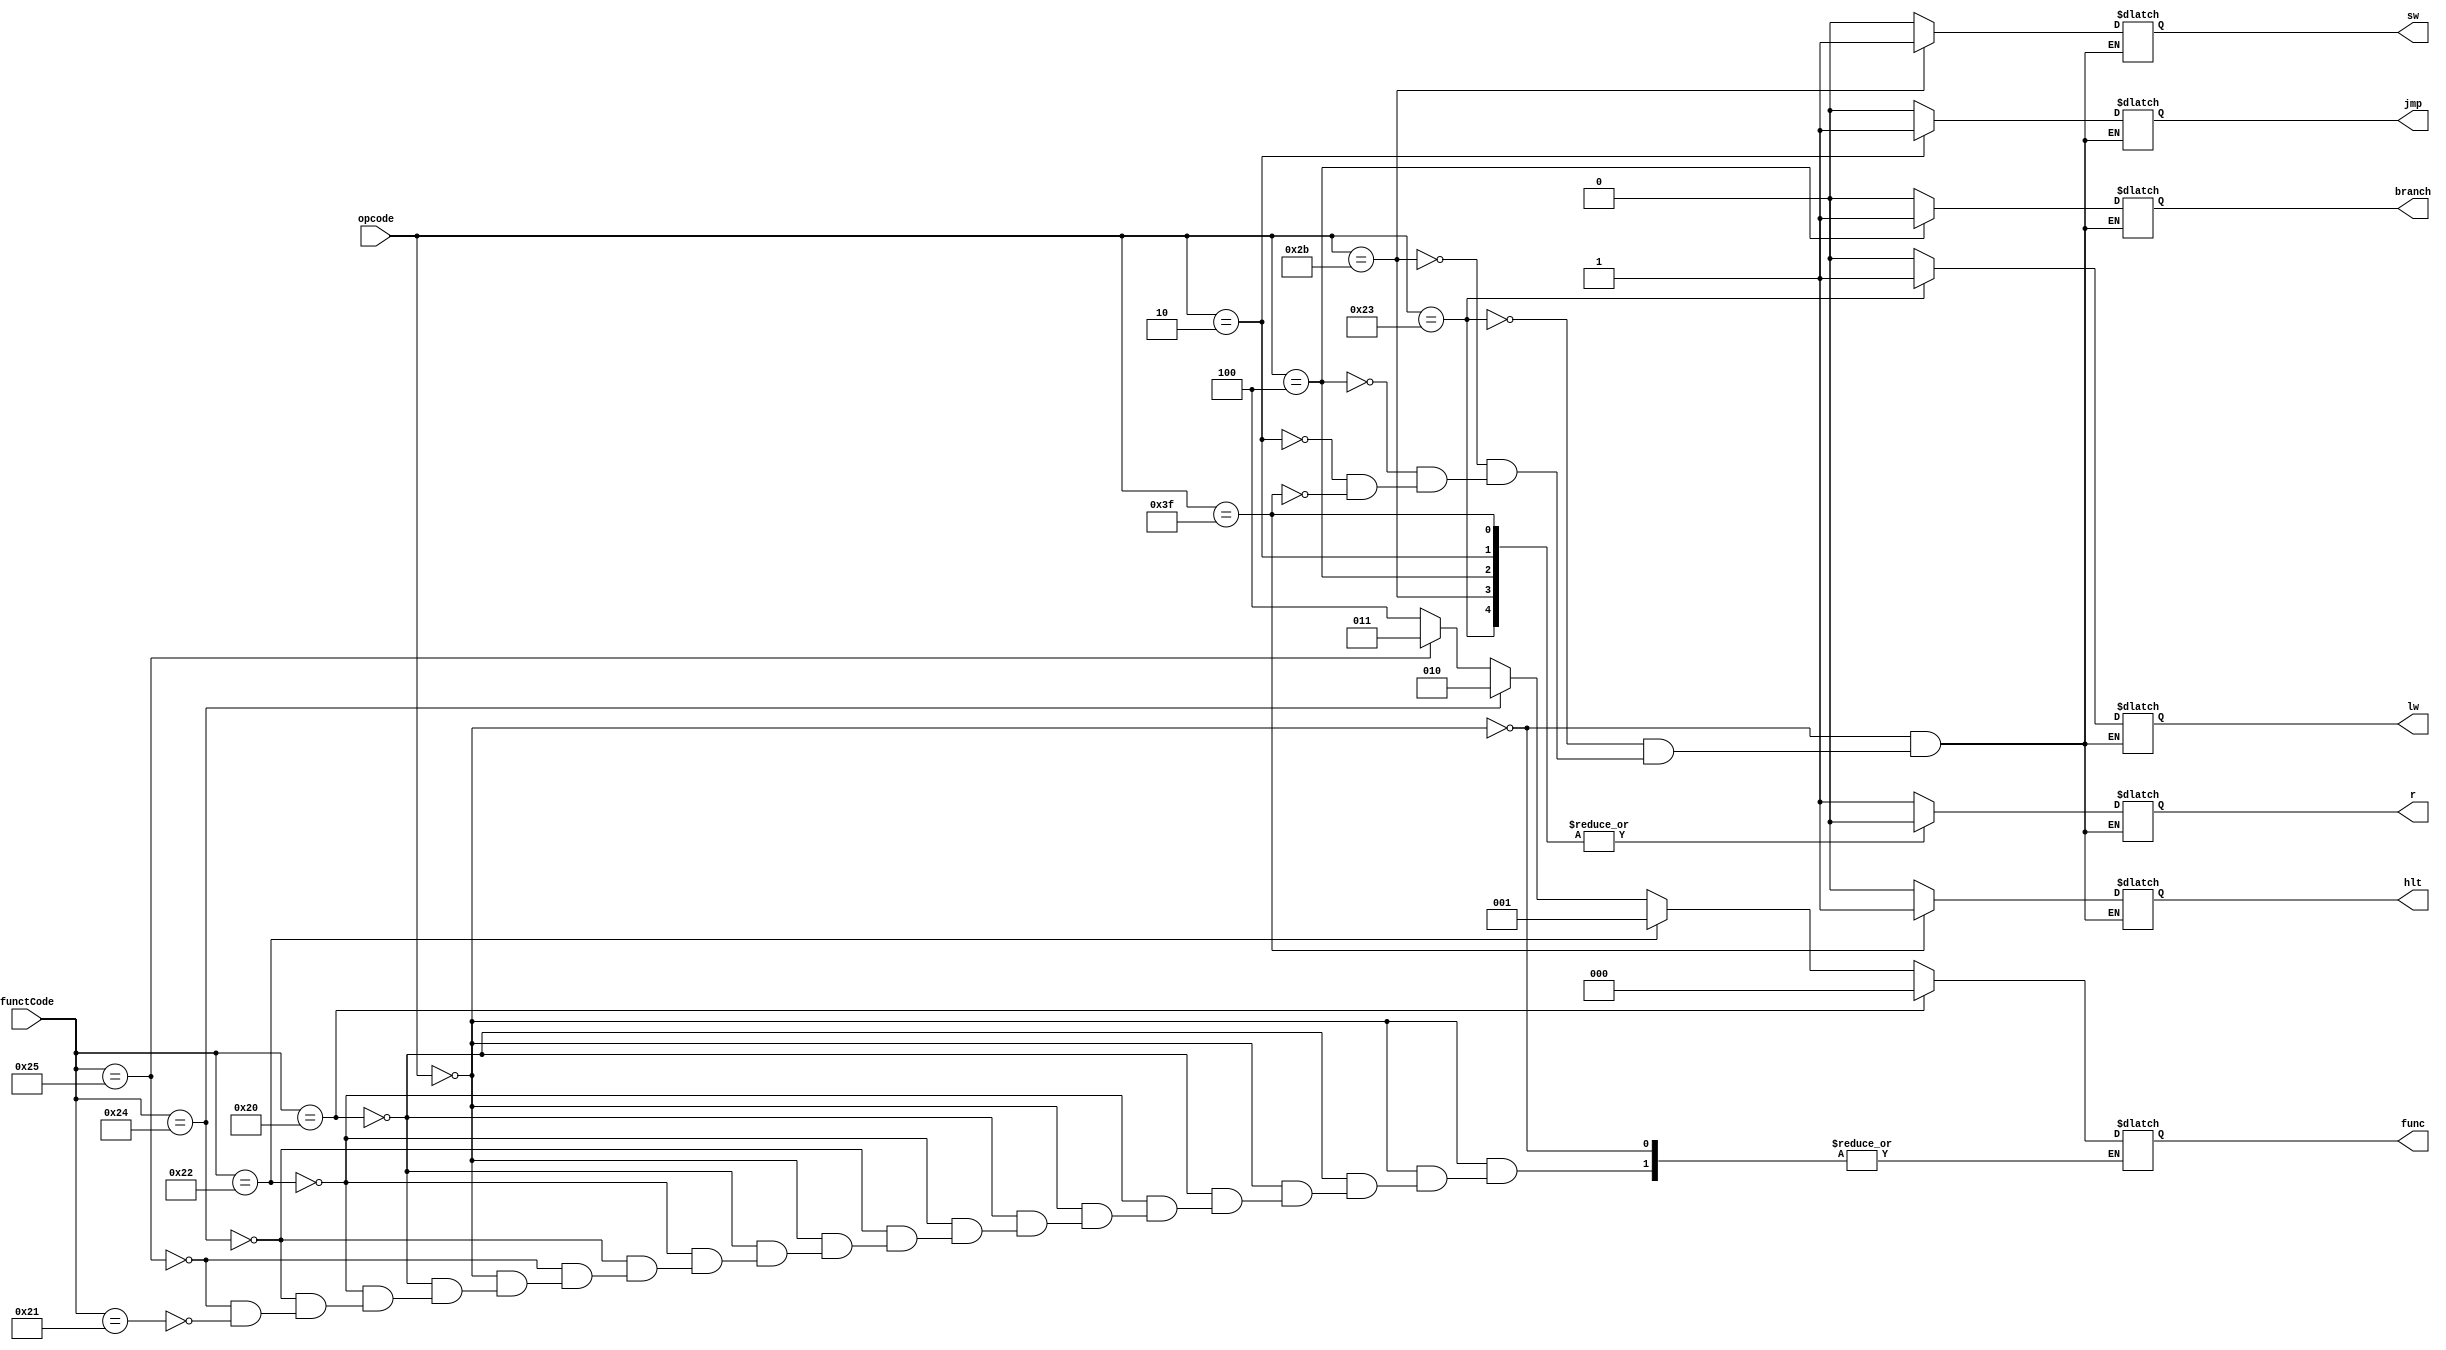
module ControlUnit(sw, lw, r, branch, jmp, hlt, func, opcode, functCode);
	input [5:0] opcode;
	input [5:0] functCode;
	output reg sw, lw, r, branch, jmp, hlt;
	output reg [2:0] func; //1xx - mul, 000 - ADD, 001 - SUB, 010 - AND, 011 - OR

	parameter R = 6'b000000, LW = 6'b100011, SW = 6'b101011, BEQ = 6'b000100, HLT = 6'b111111, JMP = 6'b000010;
	parameter ADD = 6'b100000, SUB = 6'b100010, AND = 6'b100100, OR = 6'b100101, SLT = 6'b101010, MUL = 6'b100001;

	initial
		hlt = 0;
	
	always@(opcode or functCode)
	begin
	case(opcode)
		R : begin
			//$display($time, " ::::::::::::::::Control : inside OR func : %b", func);
			r = 1;
			sw = 0;
			lw = 0;
			branch = 0;
			jmp = 0;
			hlt = 0;
			if(functCode == ADD)
				func = 3'b000;
			else if(functCode == SUB)
				func = 3'b001;
			else if(functCode == AND) 
				func = 3'b010;
			else if(functCode == OR)
			begin
				func = 3'b011;
				//$display($time, " Control ::::::::::::::::: inside OR func : %b", func);
			end
			else if(functCode == MUL)
				func = 3'b100;
		end
		LW : begin
			r = 0;
			sw = 0;
			lw = 1;
			branch = 0;
			jmp = 0;
			hlt = 0;
		end
		SW : begin
			r = 0;
			sw = 1;
			lw = 0;
			branch = 0;
			jmp = 0;
			hlt = 0;
		end
		BEQ : begin
			r = 0;
			sw = 0;
			lw = 0;
			branch = 1;
			jmp = 0;
			hlt = 0;
		end
		JMP : begin
			r = 0;
			sw = 0;
			lw = 0;
			branch = 0;
			jmp = 1;
			hlt = 0;
		end
		HLT : begin
			r = 0;
			sw = 0;
			lw = 0;
			branch = 0;
			jmp = 0;
			hlt = 1;
		end
	endcase
	end
endmodule

/*module testCtrl;
	reg [5:0] opcode;
	wire regDst, aluSrc, branch, memRead, memWrite, regWrite, memToReg;
	wire [1:0] aluOp;

	ControlUnit c(regDst, aluOp, aluSrc, branch, memRead, memWrite, regWrite, memToReg, opcode);

	initial 
	begin
		opcode = 6'b000000;
		#20 opcode = 6'b100011;
		#20 opcode = 6'b101011;
		#20 opcode = 6'b000100;
		#100 $finish;
	end 

	initial
	begin
		$monitor($time,"aluOp = %b      regDst = %b",aluOp, regDst);
	end

	initial
	begin
		$dumpfile("/home/jasmine/Jan-May2012/CALab/processor/ctrl.vcd");
		$dumpon;
		$dumpvars;
		#100 $dumpoff;
	end	
endmodule*/